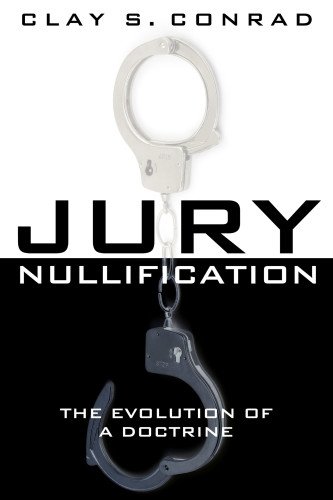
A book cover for Jury Nullification: The Evolution of a Doctrine; Clay S. Conrad; Law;